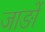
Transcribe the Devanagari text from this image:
जाङों